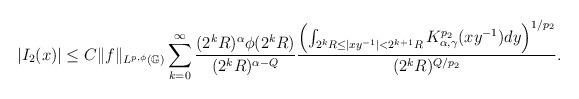
LaTeX: \begin{align*}|I_{2}(x)|&\leq C\|f\|_{L^{p, \phi}(\mathbb{G})}\sum_{k=0}^{\infty}\frac{(2^{k}R)^{\alpha}\phi(2^{k}R)}{(2^{k}R)^{\alpha-Q}}\frac{\left(\int_{2^{k}R\leq|xy^{-1}|<2^{k+1}R}K_{\alpha,\gamma}^{p_{2}} (xy^{-1})dy\right)^{1/p_{2}}}{(2^{k}R)^{Q/p_{2}}}.\end{align*}